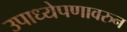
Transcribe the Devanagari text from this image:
उपाध्येपणावरुन